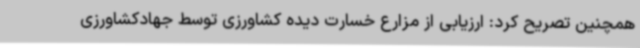
همچنین تصریح کرد: ارزیابی از مزارع خسارت دیده کشاورزی توسط جهادکشاورزی